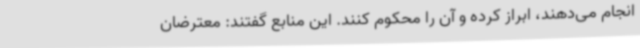
انجام می‌دهند، ابراز کرده و آن را محکوم کنند. این منابع گفتند: معترضان